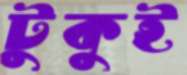
টুকুই